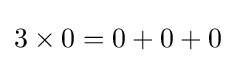
3\times 0=0+0+0